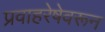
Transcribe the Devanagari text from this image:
प्रवाहरेषेवरून